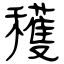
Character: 穫